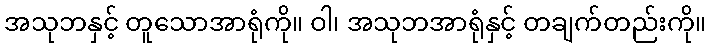
အသုဘနှင့် တူသောအာရုံကို။ ဝါ၊ အသုဘအာရုံနှင့် တချက်တည်းကို။